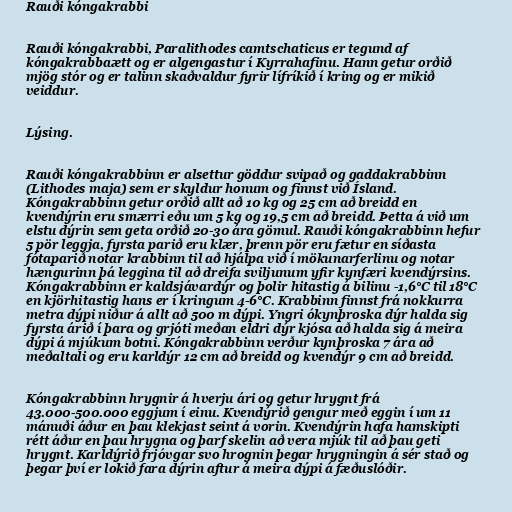
Rauði kóngakrabbi

Rauði kóngakrabbi, Paralithodes camtschaticus er tegund af
kóngakrabbaætt og er algengastur í Kyrrahafinu. Hann getur orðið
mjög stór og er talinn skaðvaldur fyrir lífríkið í kring og er mikið
veiddur.

Lýsing.

Rauði kóngakrabbinn er alsettur göddur svipað og gaddakrabbinn
(Lithodes maja) sem er skyldur honum og finnst við Ísland.
Kóngakrabbinn getur orðið allt að 10 kg og 25 cm að breidd en
kvendýrin eru smærri eðu um 5 kg og 19,5 cm að breidd. Þetta á við um
elstu dýrin sem geta orðið 20-30 ára gömul. Rauði kóngakrabbinn hefur
5 pör leggja, fyrsta parið eru klær, þrenn pör eru fætur en síðasta
fótaparið notar krabbinn til að hjálpa við í mökunarferlinu og notar
hængurinn þá leggina til að dreifa sviljunum yfir kynfæri kvendýrsins.
Kóngakrabbinn er kaldsjávardýr og þolir hitastig á bilinu -1,6°C til 18°C
en kjörhitastig hans er í kringum 4-6°C. Krabbinn finnst frá nokkurra
metra dýpi niður á allt að 500 m dýpi. Yngri ókynþroska dýr halda sig
fyrsta árið í þara og grjóti meðan eldri dýr kjósa að halda sig á meira
dýpi á mjúkum botni. Kóngakrabbinn verður kynþroska 7 ára að
meðaltali og eru karldýr 12 cm að breidd og kvendýr 9 cm að breidd.

Kóngakrabbinn hrygnir á hverju ári og getur hrygnt frá
43.000-500.000 eggjum í einu. Kvendýrið gengur með eggin í um 11
mánuði áður en þau klekjast seint á vorin. Kvendýrin hafa hamskipti
rétt áður en þau hrygna og þarf skelin að vera mjúk til að þau geti
hrygnt. Karldýrið frjóvgar svo hrognin þegar hrygningin á sér stað og
þegar því er lokið fara dýrin aftur á meira dýpi á fæðuslóðir.